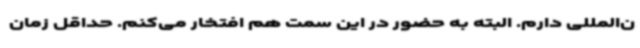
ن‌المللی دارم. البته به حضور در این سمت هم افتخار می‌کنم. حداقل زمان